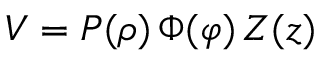
V = P ( \rho ) \, \Phi ( \varphi ) \, Z ( z )